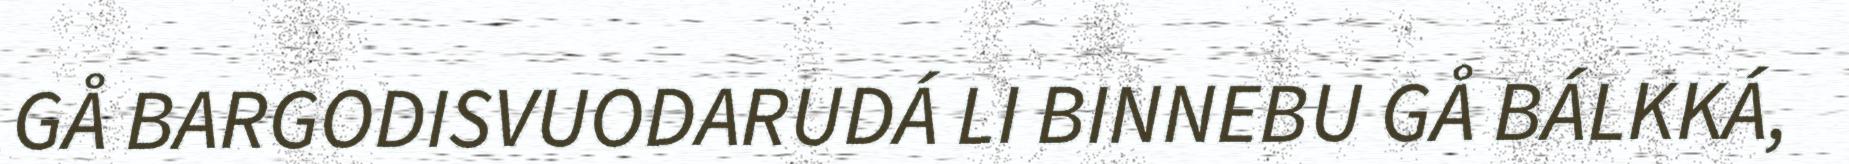
GÅ BARGODISVUODARUDÁ LI BINNEBU GÅ BÁLKKÁ,